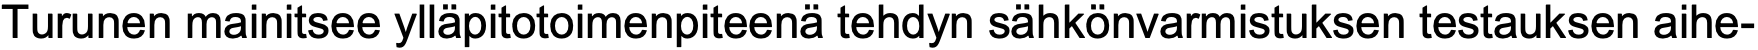
Turunen mainitsee ylläpitotoimenpiteenä tehdyn sähkönvarmistuksen testauksen aihe-